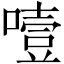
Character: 噎